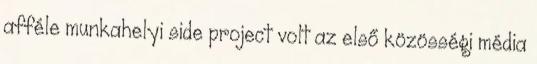
afféle munkahelyi side project volt az első közösségi média